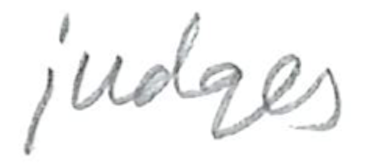
Text: judges
Cross-out: clean
Writing tool: pencil